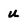
Character: U